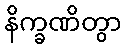
နိက္ခဏိတွာ